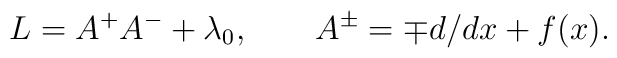
L=A^+A^-+\lambda_0, \qquad A^\pm=\mp d/dx +f(x).